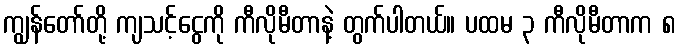
ကျွန်တော်တို့ ကျသင့်ငွေကို ကီလိုမီတာနဲ့ တွက်ပါတယ်။ ပထမ ၃ ကီလိုမီတာက ၈